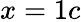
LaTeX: x=1c